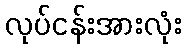
လုပ်ငန်းအားလုံး